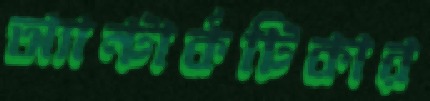
অ্যান্টার্কটিকার